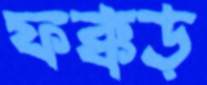
ফক্কড়